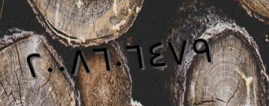
٢٠٠٨٦٠٦٤٧٩